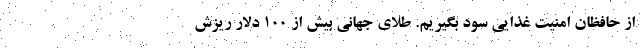
از حافظان امنیت غذایی سود بگیریم. طلای جهانی بیش از ۱۰۰ دلار ریزش